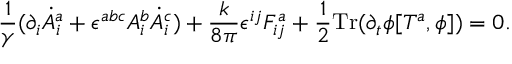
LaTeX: \frac { 1 } { \gamma } ( \partial _ { i } \dot { A } _ { i } ^ { a } + \epsilon ^ { a b c } A _ { i } ^ { b } \dot { A } _ { i } ^ { c } ) + \frac { k } { 8 \pi } \epsilon ^ { i j } F _ { i j } ^ { a } + \frac { 1 } { 2 } \mathrm { T r } ( \partial _ { t } \phi [ T ^ { a } , \phi ] ) = 0 .